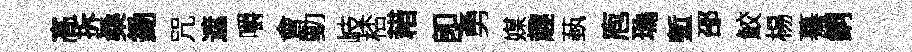
髙拆桑鋤咒遮嚼會動岐桮耤卽勇媒趣蓺庖瑪塹邵鮫楊驀銅